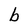
Character: b